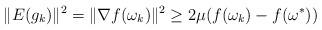
LaTeX: \begin{align*}\|E(g_k)\|^2=\|\nabla f(\omega_k)\|^2 \ge 2 \mu (f(\omega_k)-f(\omega^*))\end{align*}